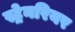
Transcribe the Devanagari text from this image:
स्ट्रेनरियर